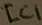
Text: IC1